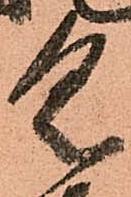
具